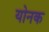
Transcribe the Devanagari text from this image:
योनक